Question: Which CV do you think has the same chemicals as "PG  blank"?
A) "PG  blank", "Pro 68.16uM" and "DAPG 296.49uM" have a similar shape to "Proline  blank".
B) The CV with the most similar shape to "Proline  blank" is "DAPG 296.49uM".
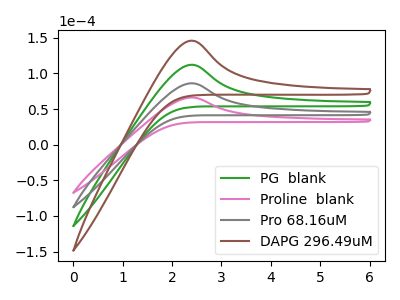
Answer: <think>The green curve "PG  blank" has an anodic peak at: (2.40V, 172.25uA). The pink curve "Proline  blank" has an anodic peak at: (2.40V, 66.20uA). The gray curve "Pro 68.16uM" has an anodic peak at: (2.40V, 86.15uA). The brown curve "DAPG 296.49uM" has an anodic peak at: (2.40V, 258.40uA).
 All the peaks in "PG  blank" have a peak in "Proline  blank" at the same potential. Every peak in "PG  blank" is higher than every peak in "Proline  blank". All the peaks in "PG  blank" have a peak in "Pro 68.16uM" at the same potential. Every peak in "PG  blank" is higher than every peak in "Pro 68.16uM". All the peaks in "PG  blank" have a peak in "DAPG 296.49uM" at the same potential. Every peak in "PG  blank" is lower than every peak in "DAPG 296.49uM". All the peaks in "Proline  blank" have a peak in "Pro 68.16uM" at the same potential. Every peak in "Proline  blank" is lower than every peak in "Pro 68.16uM". All the peaks in "Proline  blank" have a peak in "DAPG 296.49uM" at the same potential. Every peak in "Proline  blank" is lower than every peak in "DAPG 296.49uM". All the peaks in "Pro 68.16uM" have a peak in "DAPG 296.49uM" at the same potential. Every peak in "Pro 68.16uM" is lower than every peak in "DAPG 296.49uM".</think>
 <answer>A) "PG  blank", "Pro 68.16uM" and "DAPG 296.49uM" have a similar shape to "Proline  blank".</answer>
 <eval>A</eval>